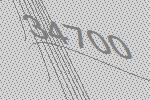
34700